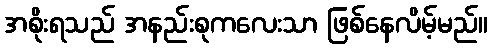
အစိုးရသည် အနည်းစုကလေးသာ ဖြစ်နေလိမ့်မည်။